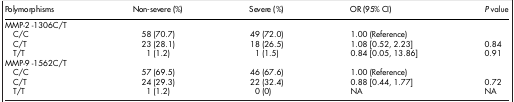
| Polymorphisms | Non-severe (%) | Severe (%) | OR (95% CI) | P value |
 | --- | --- | --- | --- | --- |
 | MMP-2 -1306C/T |  |  |  |  |
 | C/C | 58 (70.7) | 49 (72.0) | 1.00 (Reference) |  |
 | C/T | 23 (28.1) | 18 (26.5) | 1.08 [0.52, 2.23] | 0.84 |
 | T/T | 1 (1.2) | 1 (1.5) | 0.84 [0.05, 13.86] | 0.91 |
 | MMP-9 -1562C/T |  |  |  |  |
 | C/C | 57 (69.5) | 46 (67.6) | 1.00 (Reference) |  |
 | C/T | 24 (29.3) | 22 (32.4) | 0.88 [0.44, 1.77] | 0.72 |
 | T/T | 1 (1.2) | 0 (0) | NA | NA |